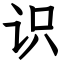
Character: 识